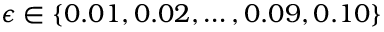
\epsilon \in \{ 0 . 0 1 , 0 . 0 2 , \hdots , 0 . 0 9 , 0 . 1 0 \}